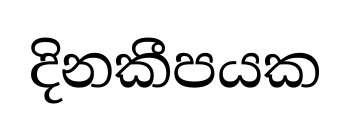
දිනකීපයක